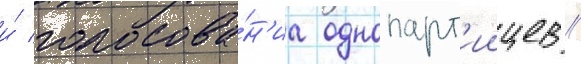
и́ голосова́н'иа однопарт'иицев //